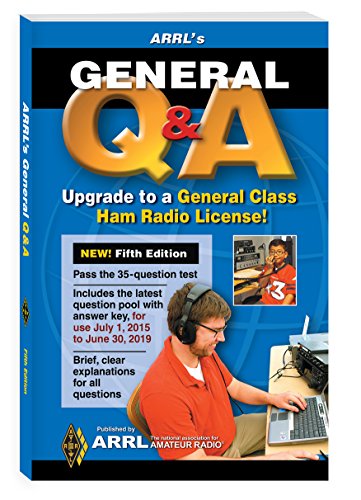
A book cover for ARRL's General Q&A; ARRL Inc.; Humor & Entertainment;